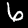
Label: 6